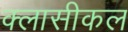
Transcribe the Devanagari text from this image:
क्लासीकल